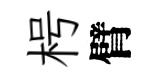
枵臂